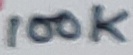
Text: 100K